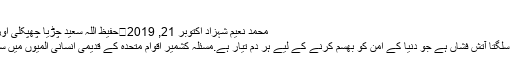
بانگِ درا …
محمد نعیم شہزاد اکتوبر 21, 2019	حفیظ اللہ سعید چڑیا چھپکلی اور کشمیر ملین مارچپر تبصرے بند ہیں
مسئلہ کشمیر پچھلی پون صدی سے وہ سلگتا آتش فشاں ہے جو دنیا کے امن کو بھسم کرنے کے لیے ہر دم تیار ہے.مسئلہ کشمیر اقوام متحدہ کے قدیمی انسانی المیوں میں سے ایک اہم اور سب سے بڑا المیہ ہے۔